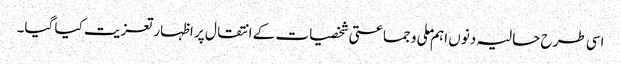
اسی طرح حالیہ دنوں اہم ملی و جماعتی شخصیات کے انتقال پر اظہار تعزیت کیا گیا۔